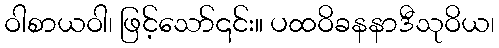
ဝါစာယဝါ၊ ဖြင့်သော်၎င်း။ ပထဝိခနနာဒီသုဝိယ၊